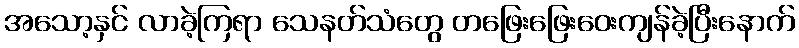
အသော့နှင် လာခဲ့ကြရာ သေနတ်သံတွေ တဖြေးဖြေးဝေးကျန်ခဲ့ပြီးနောက်